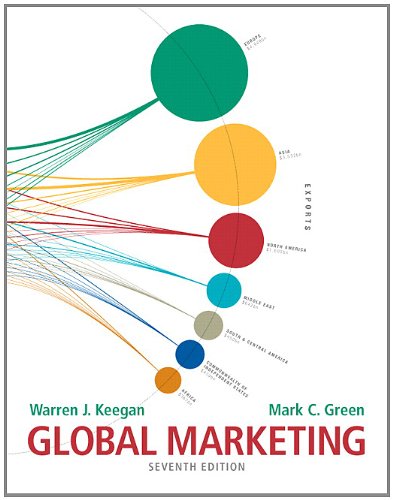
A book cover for Global Marketing (7th Edition); Warren J. Keegan; Business & Money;